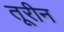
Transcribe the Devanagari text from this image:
तूरीन